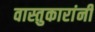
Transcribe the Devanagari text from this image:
वास्तुकारांनी